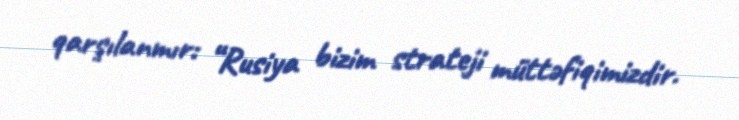
qarşılanmır: “Rusiya bizim strateji müttəfiqimizdir.